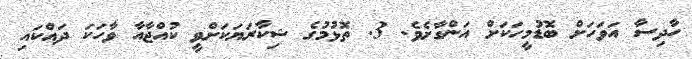
ހާދިސާ އަވަހަށް ބޮޑުމީހަކަށް އަންގާށެވެ. 3. ތޮޅުމުގެ ޝިކާރަޔަކަށްވީ ކުއްޖާއާ ވާހަކަ ދައްކައި